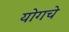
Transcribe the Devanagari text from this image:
योगचे